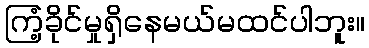
ကြံ့ခိုင်မှုရှိနေမယ်မထင်ပါဘူး။